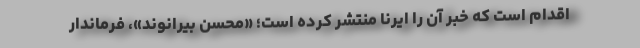
اقدام است كه خبر آن را ايرنا منتشر كرده است؛ «محسن بيرانوند»، فرماندار